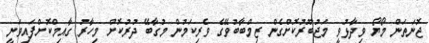
ޖޮނަތަން މޯޔޯ ވިދާޅުވީ މަޖުބޫރުކޮށްގެން ޒިމްބާބުވޭގެ ވެރިކަމުން މުގާބޭ ދުރުކޮށް މިހާރު ގާއިމްކޮށްފައިވަނީ